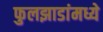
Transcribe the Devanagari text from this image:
फुलझाडांमध्ये